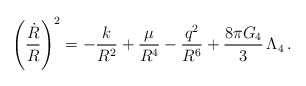
\begin{align*}\left(\frac{\dot{R}}{R}\right)^2=-\frac{k}{R^2}+\frac{\mu}{R^4}-\frac{q^2}{R^6}+\frac{8\pi G_4}{3}\,\Lambda_4\,.\end{align*}